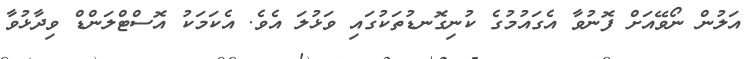
އަލުން ނޯވޭއަށް ފޮނުވާ އެގައުމުގެ ކުނިގޮނޑުތަކުގައި ވަޅުލަ އެވެ. އެކަމަކު އޮސްޓްލަންޑް ވިދާޅުވާ